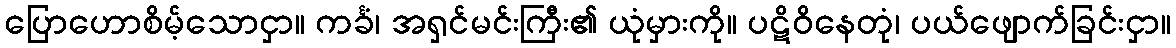
ပြောဟောစိမ့်သောငှာ။ ကင်္ခံ၊ အရှင်မင်းကြီး၏ ယုံမှားကို။ ပဋိဝိနေတုံ၊ ပယ်ဖျောက်ခြင်းငှာ။